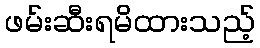
ဖမ်းဆီးရမိထားသည့်